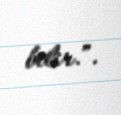
bilir.”.